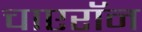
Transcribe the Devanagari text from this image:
चाएरॉन